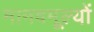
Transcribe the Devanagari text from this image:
मानवमूल्यों